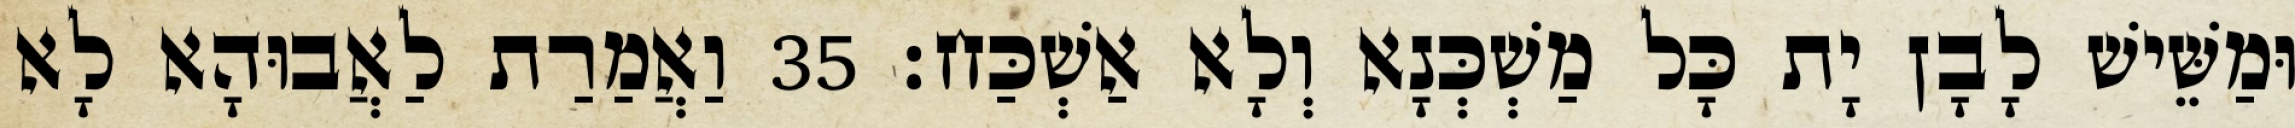
וּמַשֵּׁישׁ לָבָן יָת כָּל מַשְׁכְּנָא וְלָא אַשְׁכַּח׃ 35 וַאֲמַרַת לַאֲבוּהָא לָא